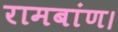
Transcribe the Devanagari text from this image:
रामबांण।